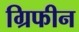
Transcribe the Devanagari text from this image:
ग्रिफीन